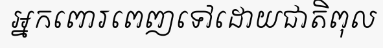
អ្នកពោរពេញទៅដោយជាតិពុល